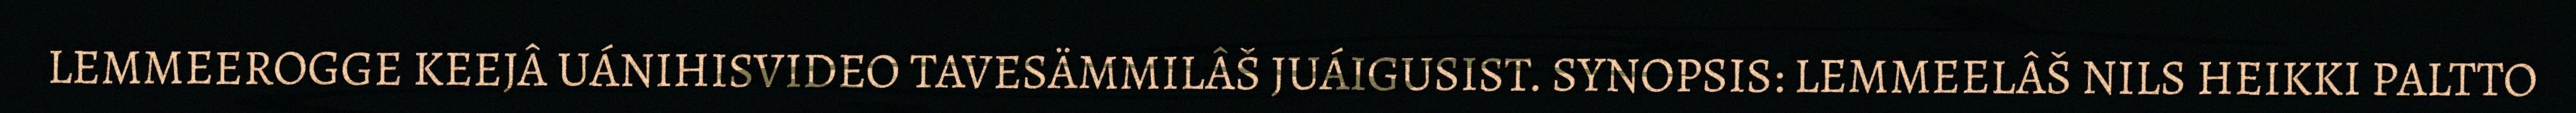
LEMMEEROGGE KEEJÂ UÁNIHISVIDEO TAVESÄMMILÂŠ JUÁIGUSIST. SYNOPSIS: LEMMEELÂŠ NILS HEIKKI PALTTO